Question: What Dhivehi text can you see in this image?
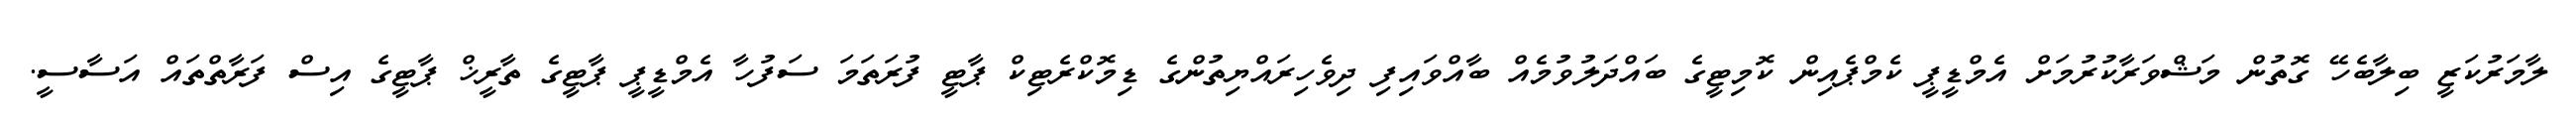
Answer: ލާމަރުކަޒީ ބިލާބެހޭ ގޮތުން މަޝްވަރާކުރުމަށް އެމްޑީޕީ ކެމްޕެއިން ކޮމިޓީގެ ބައްދަލުވުމެއް ބާއްވައިފި ދިވެހިރައްޔިތުންގެ ޑިމޮކްރެޓިކް ޕާޓީ ފުރަތަމަ ސަފުހާ އެމްޑީޕީ ޕާޓީގެ ތާރީޚް ޕާޓީގެ އިސް ފަރާތްތައް އަސާސީ.